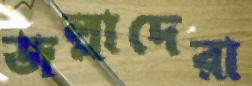
জল্লাদেরা